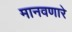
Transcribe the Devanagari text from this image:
मानवणारे